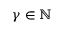
\gamma \in \mathbb { N }